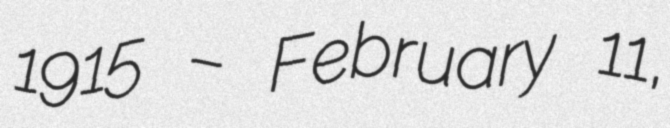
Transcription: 1915 – February 11,